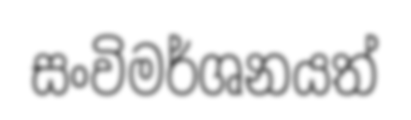
සංවිමර්ශනයත්